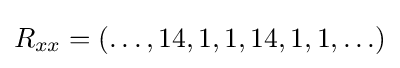
R_{xx}=(\ldots ,14,1,1,14,1,1,\ldots )